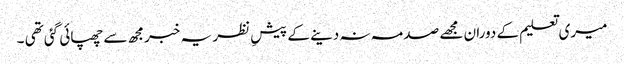
میری تعلیم کے دوران مجھے صدمہ نہ دینے کے پیشِ نظر یہ خبرمجھ سے چھپائی گئی تھی ۔